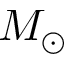
M _ { \odot }